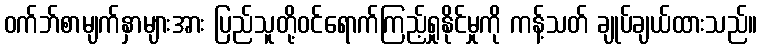
ဝက်ဘ်စာမျက်နှာများအား ပြည်သူတို့ဝင်ရောက်ကြည့်ရှုနိုင်မှုကို ကန့်သတ် ချုပ်ချယ်ထားသည်။